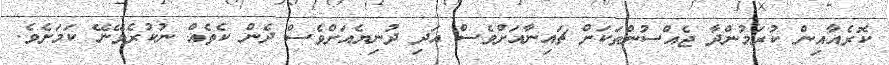
ކޮރެއާއިން ކުރަމުންދާ ޖެއްސުންތަކަށް ޗައިނާއަށްވެސް އަދި ދުނިޔެއަށްވެސް ދެން ކެތެއް ނުކުރެވޭނޭ ކަމަށެވެ.